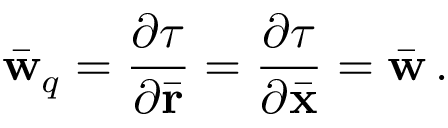
\bar { \bf w } _ { q } = \frac { \partial \tau } { \partial \bar { \bf r } } = \frac { \partial \tau } { \partial \bar { \bf x } } = \bar { \bf w } \, .